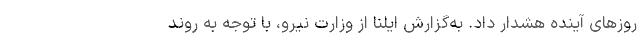
روزهای آینده هشدار داد. به‌گزارش ایلنا از وزارت نیرو، با توجه به روند